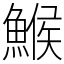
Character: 鯸